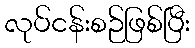
လုပ်ငန်းစဉ်ဖြစ်ပြီး